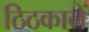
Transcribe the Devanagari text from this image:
ठिठकाने